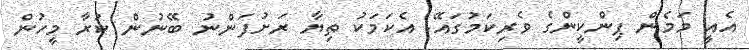
އެއީ މަމެން ޕިންކީންގެ ވެރިކަމުގައޭ. އެކަމަކު ތިޔާ ރަށުފަންނު ބޭނުން ކުރާ މީހުން